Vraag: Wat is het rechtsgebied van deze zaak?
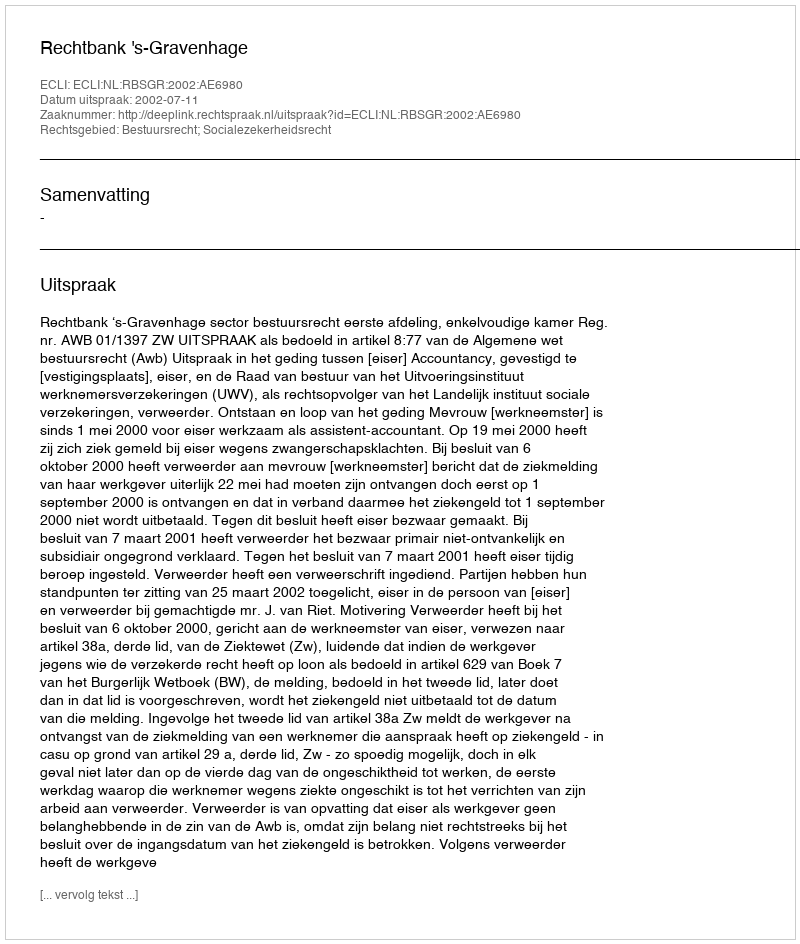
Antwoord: Bestuursrecht; Socialezekerheidsrecht